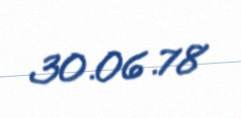
30.06.78